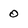
Character: 0